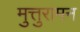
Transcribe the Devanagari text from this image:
मुत्तुरामन